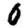
Digit: 0